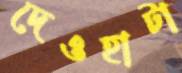
দেওহাটা